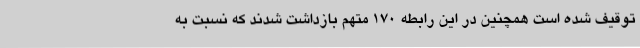
توقیف شده است همچنین در این رابطه ۱۷۰ متهم بازداشت شدند که نسبت به